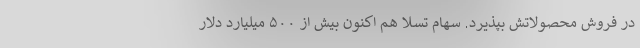
در فروش محصولاتش بپذیرد. سهام تسلا هم اکنون بیش از ۵۰۰ میلیارد دلار